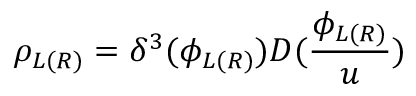
\rho _ { L ( R ) } = \delta ^ { 3 } ( \phi _ { L ( R ) } ) D ( \frac { \phi _ { L ( R ) } } u )